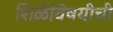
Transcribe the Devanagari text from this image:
शिळेविषयीची